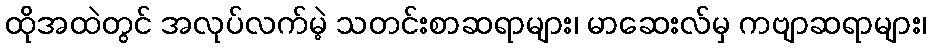
ထိုအထဲတွင် အလုပ်လက်မဲ့ သတင်းစာဆရာများ၊ မာဆေးလ်မှ ကဗျာဆရာများ၊